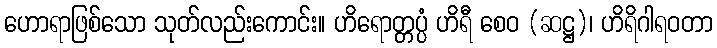
ဟောရာဖြစ်သော သုတ်လည်းကောင်း။ ဟိရောတ္တပ္ပံ ဟိရီ စေဝ (ဆဋ္ဌ)၊ ဟိရိဂါရဝတာ